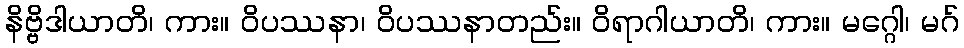
နိဗ္ဗိဒါယာတိ၊ ကား။ ဝိပဿနာ၊ ဝိပဿနာတည်း။ ဝိရာဂါယာတိ၊ ကား။ မဂ္ဂေါ၊ မဂ်